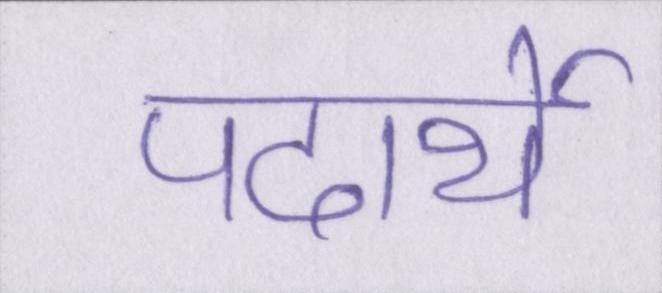
पदार्थे